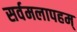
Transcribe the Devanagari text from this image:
सर्वमलापहम्